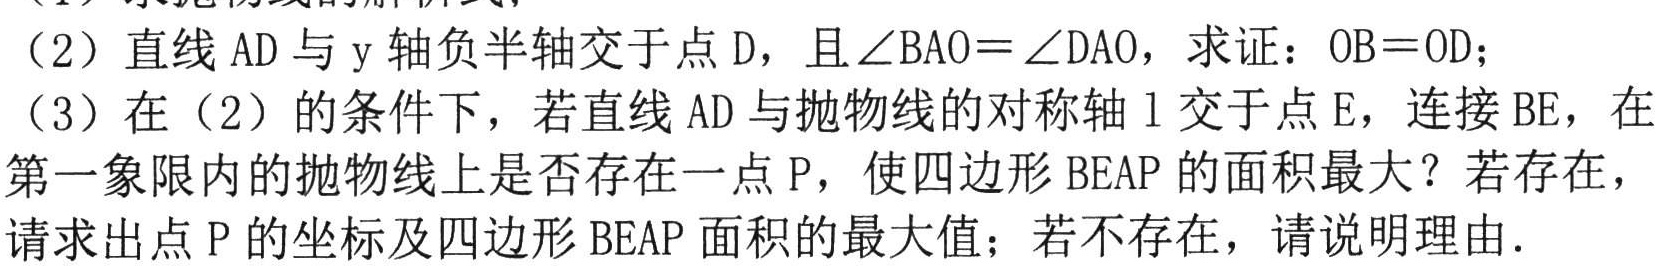
（2）直线\(AD\)与\(y\)轴负半轴交于点\(D\)，且\(\angle BAO = \angle DAO\)，求证：\(OB = OD\)；
（3）在（2）的条件下，若直线\(AD\)与抛物线的对称轴\(l\)交于点\(E\)，连接\(BE\)，在第一象限内的抛物线上是否存在一点\(P\)，使四边形\(BEAP\)的面积最大？若存在，请求出点\(P\)的坐标及四边形\(BEAP\)面积的最大值；若不存在，请说明理由.